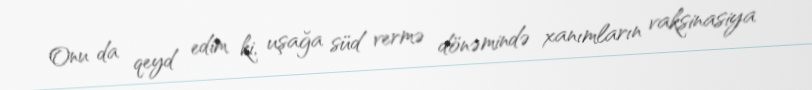
Onu da qeyd edim ki, uşağa süd vermə dönəmində xanımların vaksinasiya